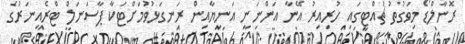
ރޮނާލްޑޯ މިވަގުތު ޗުއްޓީގައި ހުރިއިރު އޭނާ އަންނަނީ އަނިޔާއިން ރަނގަޅުވުމަށްޓަކާ ޕާސަނަލް ޓްރެއިނަރުގެ